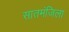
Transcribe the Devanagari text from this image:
सातमंजिला